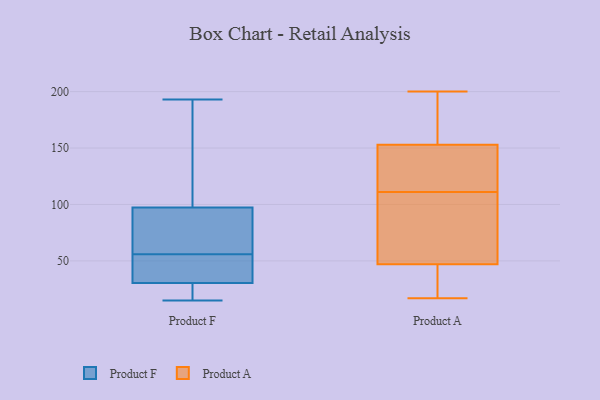
{"axis": {"x": "Operating Costs (USD K)", "y": "Value"}, "legend": ["Product A", "Product F"], "data": [{"x": "", "y": 86, "type": "Product F"}, {"x": "", "y": 30, "type": "Product F"}, {"x": "", "y": 28, "type": "Product F"}, {"x": "", "y": 137, "type": "Product F"}, {"x": "", "y": 32, "type": "Product F"}, {"x": "", "y": 79, "type": "Product F"}, {"x": "", "y": 56, "type": "Product F"}, {"x": "", "y": 193, "type": "Product F"}, {"x": "", "y": 101, "type": "Product F"}, {"x": "", "y": 56, "type": "Product F"}, {"x": "", "y": 15, "type": "Product F"}, {"x": "", "y": 155, "type": "Product A"}, {"x": "", "y": 81, "type": "Product A"}, {"x": "", "y": 150, "type": "Product A"}, {"x": "", "y": 155, "type": "Product A"}, {"x": "", "y": 77, "type": "Product A"}, {"x": "", "y": 148, "type": "Product A"}, {"x": "", "y": 20, "type": "Product A"}, {"x": "", "y": 158, "type": "Product A"}, {"x": "", "y": 120, "type": "Product A"}, {"x": "", "y": 37, "type": "Product A"}, {"x": "", "y": 27, "type": "Product A"}, {"x": "", "y": 99, "type": "Product A"}, {"x": "", "y": 200, "type": "Product A"}, {"x": "", "y": 27, "type": "Product A"}, {"x": "", "y": 154, "type": "Product A"}, {"x": "", "y": 17, "type": "Product A"}, {"x": "", "y": 85, "type": "Product A"}, {"x": "", "y": 120, "type": "Product A"}, {"x": "", "y": 111, "type": "Product A"}]}